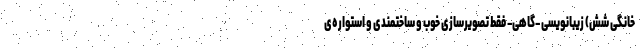
خانگی شش) زیبانویسی –گاهی– فقط تصویرسازی خوب و ساختمندی و استواره‌ی